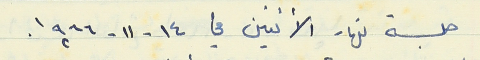
جلسة نهار الأثنين في ١٤ - ١١- ١٩٦٦.